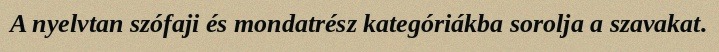
A nyelvtan szófaji és mondatrész kategóriákba sorolja a szavakat.